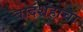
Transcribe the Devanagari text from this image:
बादशहाचा